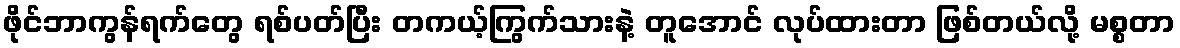
ဖိုင်ဘာကွန်ရက်တွေ ရစ်ပတ်ပြီး တကယ့်ကြွက်သားနဲ့ တူအောင် လုပ်ထားတာ ဖြစ်တယ်လို့ မစ္စတာ